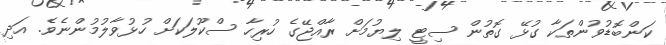
ކަންބޮޑުވުންތަކާ ގުޅޭ ގޮތުން ސިޓީ ލިޔުމަށް ރާއްޖޭގެ ހުރިހާ ސްކޫލަކަށް ހުޅުވާލުމުންނެވެ. އަދި